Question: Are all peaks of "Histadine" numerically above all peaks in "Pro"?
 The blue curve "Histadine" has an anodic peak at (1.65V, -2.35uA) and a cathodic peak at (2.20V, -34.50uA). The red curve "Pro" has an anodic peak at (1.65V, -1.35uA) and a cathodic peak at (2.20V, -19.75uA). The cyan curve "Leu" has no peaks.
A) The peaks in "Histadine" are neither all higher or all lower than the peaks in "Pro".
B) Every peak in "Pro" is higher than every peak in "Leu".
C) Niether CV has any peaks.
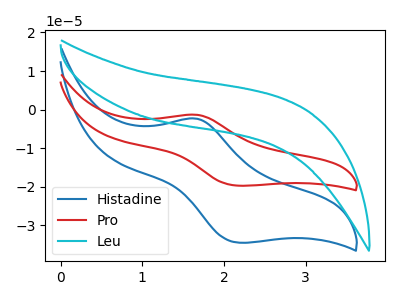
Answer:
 <answer>A) The peaks in "Histadine" are neither all higher or all lower than the peaks in "Pro".</answer>
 <eval>A</eval>